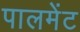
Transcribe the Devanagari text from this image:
पालमेंट